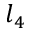
l _ { 4 }